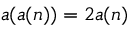
a ( a ( n ) ) = 2 a ( n )